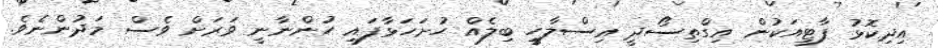
އިދިކޮޅު ޕާޓީއަކުން އިގްތިސޯދީ އިސްލާހީ ބިލެއް ހުށަހަޅާފައި ހުންނާނީ ވަރަށް ވެސް މަދުންނެވެ.